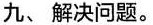
九、解决问题。